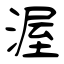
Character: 渥